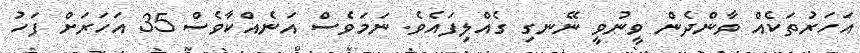
އަހަރުތަކެއް ވާންދެން ވީނުވީ ނޭނގި ގެއްލިފައެވެ. ނަމަވެސް އަނެއްކާވެސް 35 އަހަރަށް ފަހު